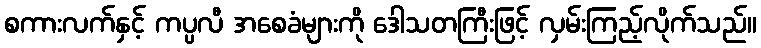
စကားလက်နှင့် ကပ္ပလီ အစေခံများကို ဒေါသတကြီးဖြင့် လှမ်းကြည့်လိုက်သည်။